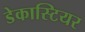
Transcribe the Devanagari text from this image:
डेकास्टियर